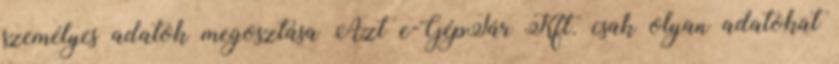
személyes adatok megosztása Azt e-GépTár Kft. csak olyan adatokat